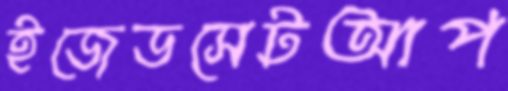
ইজেডসেটআপ